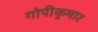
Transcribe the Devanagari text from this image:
गोपीकुमार